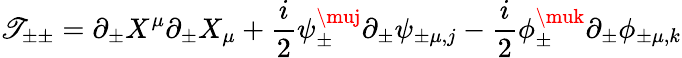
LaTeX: \mathscr{T}_{\pm\pm}=\partial_{\pm}X^{\mu}\partial_{\pm}X_{\mu}+\frac{{i}}{{2}}\psi_{\pm}^{\muj}\partial_{\pm}\psi_{\pm\mu,j}-\frac{{i}}{{2}}\phi_{\pm}^{\muk}\partial_{\pm}\phi_{\pm\mu,k}